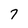
Character: 7